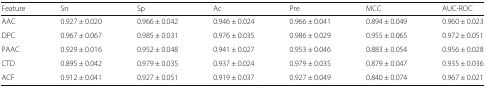
<table><thead><tr><td><b>Feature</b></td><td><b>Sn</b></td><td><b>Sp</b></td><td><b>Ac</b></td><td><b>Pre</b></td><td><b>MCC</b></td><td><b>AUC-ROC</b></td></tr></thead><tbody><tr><td>AAC</td><td>0.927 ± 0.020</td><td>0.966 ± 0.042</td><td>0.946 ± 0.024</td><td>0.966 ± 0.041</td><td>0.894 ± 0.049</td><td>0.960 ± 0.023</td></tr><tr><td>DPC</td><td>0.967 ± 0.067</td><td>0.985 ± 0.031</td><td>0.976 ± 0.035</td><td>0.986 ± 0.029</td><td>0.955 ± 0.065</td><td>0.972 ± 0.051</td></tr><tr><td>PAAC</td><td>0.929 ± 0.016</td><td>0.952 ± 0.048</td><td>0.941 ± 0.027</td><td>0.953 ± 0.046</td><td>0.883 ± 0.054</td><td>0.956 ± 0.028</td></tr><tr><td>CTD</td><td>0.895 ± 0.042</td><td>0.979 ± 0.035</td><td>0.937 ± 0.024</td><td>0.979 ± 0.035</td><td>0.879 ± 0.047</td><td>0.935 ± 0.036</td></tr><tr><td>ACF</td><td>0.912 ± 0.041</td><td>0.927 ± 0.051</td><td>0.919 ± 0.037</td><td>0.927 ± 0.049</td><td>0.840 ± 0.074</td><td>0.967 ± 0.021</td></tr></tbody></table>